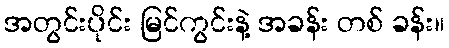
အတွင်းပိုင်း မြင်ကွင်းနဲ့ အခန်း တစ် ခန်း။